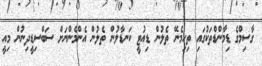
ގާސިމްގެ ޑިމާންޑްތަކުގައި ތިހިމެނޭ ތެލުން ޑިއުޓީ ކަނޑާލުން ތެލުން އެންމެންނަށް ސަބްސިޑީދިނުން މިއީ